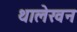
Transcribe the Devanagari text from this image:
थालेखन